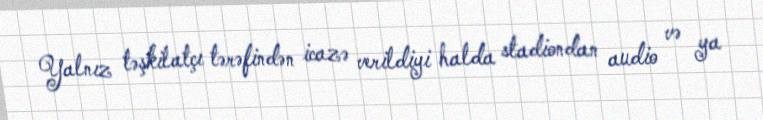
Yalnız təşkilatçı tərəfindən icazə verildiyi halda stadiondan audio və ya